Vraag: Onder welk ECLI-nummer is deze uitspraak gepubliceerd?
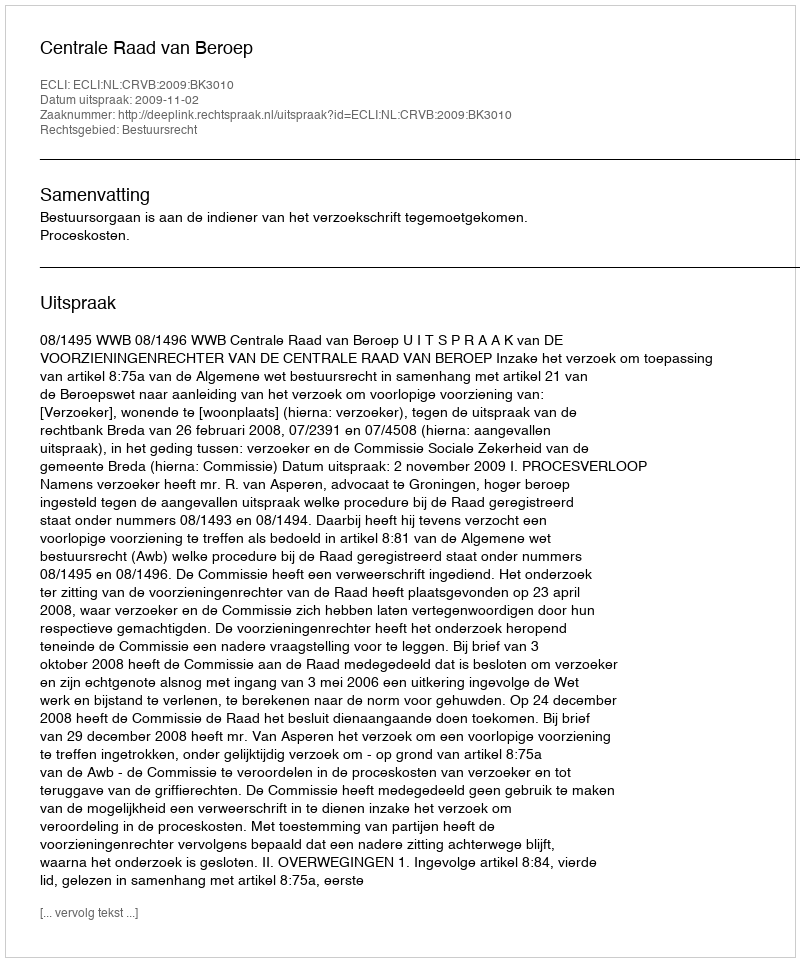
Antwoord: ECLI:NL:CRVB:2009:BK3010